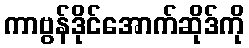
ကာဗွန်ဒိုင်အောက်ဆိုဒ်ကို